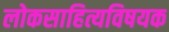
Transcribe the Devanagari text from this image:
लोकसाहित्यविषयक